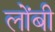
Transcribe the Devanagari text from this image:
लोंबी